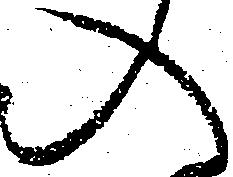
入